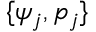
\{ \psi _ { j } , p _ { j } \}